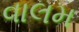
વાલમ